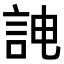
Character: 𮘁